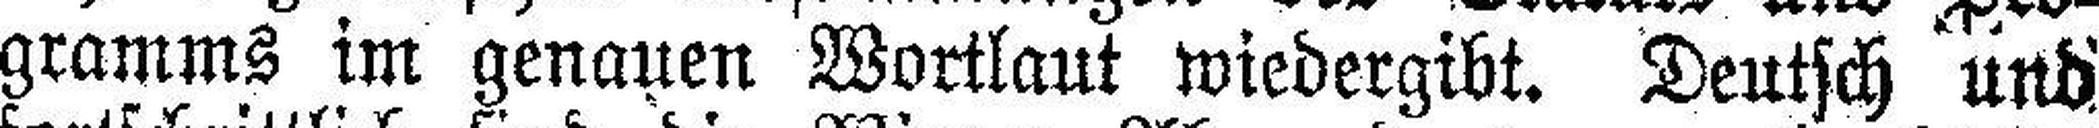
gramms im genauen Wortlaut wiedergibt. Deutsch und